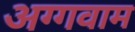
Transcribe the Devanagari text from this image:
अग्गवाम